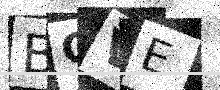
Text: BCVE